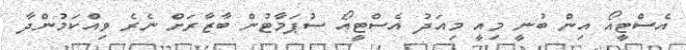
އެސްޓީއޯ އިން ބުނީ މިއީ މިއަދު އެސްޓީއޯ ސުޕަމާޓުން ބާޒާރަށް ނެރެ ވިއްކަމުންދާ